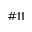
\# 1 1